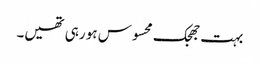
بہت جھجک محسوس ہو رہی تھیں۔